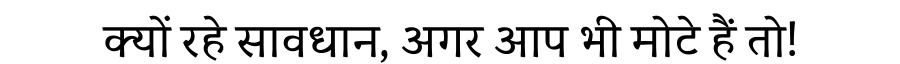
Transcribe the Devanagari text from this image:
क्यों रहे सावधान, अगर आप भी मोटे हैं तो!